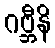
ဂဗ္ဘီနိ